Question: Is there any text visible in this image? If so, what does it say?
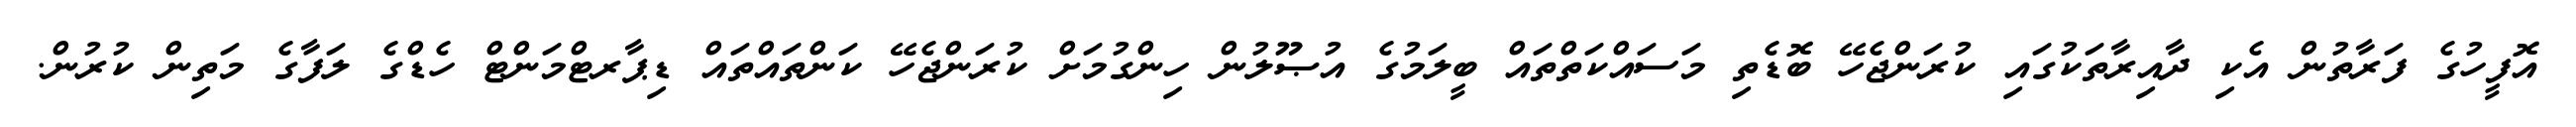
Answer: އޮފީހުގެ ފަރާތުން އެކި ދާއިރާތަކުގައި ކުރަންޖެހޭ ބޮޑެތި މަސައްކަތްތައް ބީލަމުގެ އުޞޫލުން ހިންގުމަށް ކުރަންޖެހޭ ކަންތައްތައް ޑިޕާރޓްމަންޓް ހެޑްގެ ލަފާގެ މަތިން ކުރުން.